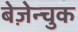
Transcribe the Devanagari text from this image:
बेज़ेन्चुक